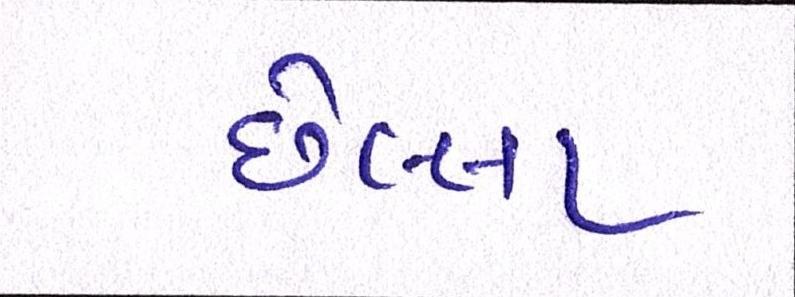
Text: છેલ્લા